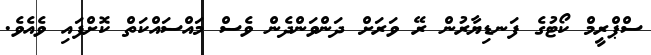
ސްޕްރީމް ކޯޓުގެ ފަނޑިޔާރުން ރޭ ވަރަށް ދަންވަންދެން ވެސް މައްސައްކަތް ކޮށްފައި ވެއެވެ.